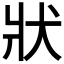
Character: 狀